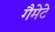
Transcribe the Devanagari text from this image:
गैमेटे